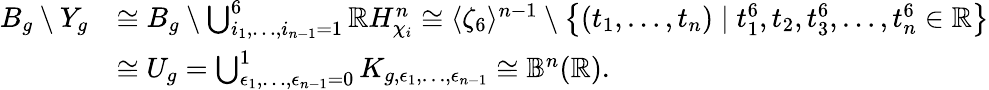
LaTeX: \begin{array}{rl}{B_{g}\setminus Y_{g}}&{\cong B_{g}\setminus\bigcup_{i_{1},\dotsc,i_{n-1}=1}^{6}\mathbb{R}H_{\chi_{i}}^{n}\cong\langle\zeta_{6}\rangle^{n-1}\setminus\left\{ (t_{1},\dotsc,t_{n})\mid t_{1}^{6},t_{2},t_{3}^{6},\dotsc,t_{n}^{6}\in\mathbb{R}\right\} }\\ &{\cong U_{g}=\bigcup_{\epsilon_{1},\dotsc,\epsilon_{n-1}=0}^{1}K_{g,\epsilon_{1},\dotsc,\epsilon_{n-1}}\cong\mathbb{B}^{n}(\mathbb{R}).}\end{array}